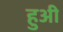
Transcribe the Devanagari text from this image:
हुअी